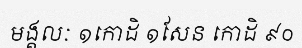
មង្គលៈ ១កោដិ ១សែន កោដិ ៩០